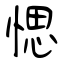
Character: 愢